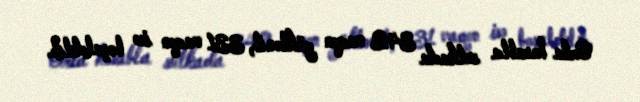
Orta hesabla sutkada 342 vaqon yüklənib, 331 vaqon isə boşaldılıb.